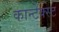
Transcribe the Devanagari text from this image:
कान्टेक्स्ट